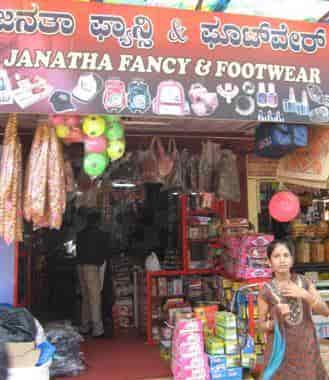
Language: kannada
Transcription: ಫೂಟ್ ವೇರ್ ಫ್ಯಾನ್ಸಿ